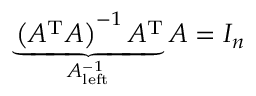
\underbrace { \left( A ^ { \mathrm { T } } A \right) ^ { - 1 } A ^ { \mathrm { T } } } _ { A _ { \mathrm { l e f t } } ^ { - 1 } } A = I _ { n }